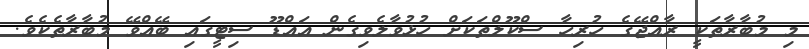
މި މުބާރާތަކީ ރާއްޖޭގެ ހުރިހާ ސްކޫލްތަކަށް ހުޅުވާލެވިގެން އައްޑޫ ސިޓީގައި ބޭއްވޭ މުބާރާތެކެވެ.